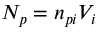
N _ { p } = n _ { p i } V _ { i }